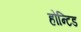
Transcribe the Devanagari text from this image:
होन्टिड